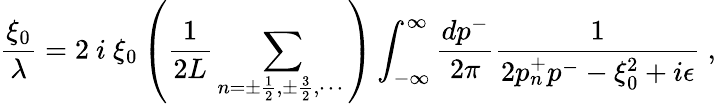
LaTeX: {\frac{\xi_{0}}{\lambda}}=2~i~\xi_{0}\left({\frac{1}{2L}}\sum_{n=\pm\frac{1}{2},\pm\frac{3}{2},\cdots~}\right)\int_{-\infty}^{\infty}{\frac{dp^{-}}{2\pi}}{\frac{1}{2p_{n}^{+}p^{-}-\xi_{0}^{2}+i\epsilon}}~,